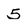
Character: 5